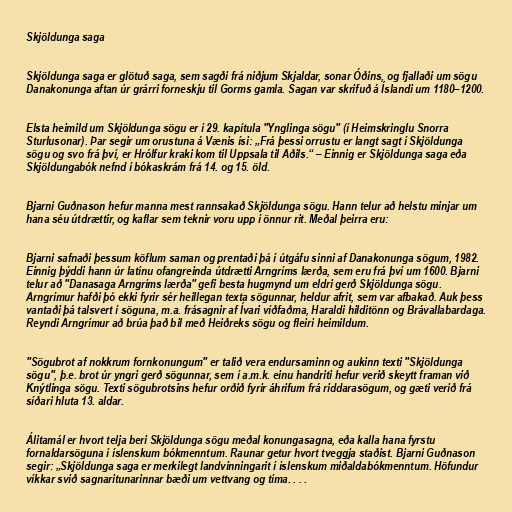
Skjöldunga saga

Skjöldunga saga er glötuð saga, sem sagði frá niðjum Skjaldar, sonar Óðins, og fjallaði um sögu
Danakonunga aftan úr grárri forneskju til Gorms gamla. Sagan var skrifuð á Íslandi um 1180–1200.

Elsta heimild um Skjöldunga sögu er í 29. kapítula "Ynglinga sögu" (í Heimskringlu Snorra
Sturlusonar). Þar segir um orustuna á Vænis ísi: „Frá þessi orrustu er langt sagt í Skjöldunga
sögu og svo frá því, er Hrólfur kraki kom til Uppsala til Aðils.“ – Einnig er Skjöldunga saga eða
Skjöldungabók nefnd í bókaskrám frá 14. og 15. öld.

Bjarni Guðnason hefur manna mest rannsakað Skjöldunga sögu. Hann telur að helstu minjar um
hana séu útdrættir, og kaflar sem teknir voru upp í önnur rit. Meðal þeirra eru:

Bjarni safnaði þessum köflum saman og prentaði þá í útgáfu sinni af Danakonunga sögum, 1982.
Einnig þýddi hann úr latínu ofangreinda útdrætti Arngríms lærða, sem eru frá því um 1600. Bjarni
telur að "Danasaga Arngríms lærða" gefi besta hugmynd um eldri gerð Skjöldunga sögu.
Arngrímur hafði þó ekki fyrir sér heillegan texta sögunnar, heldur afrit, sem var afbakað. Auk þess
vantaði þá talsvert í söguna, m.a. frásagnir af Ívari víðfaðma, Haraldi hilditönn og Brávallabardaga.
Reyndi Arngrímur að brúa það bil með Heiðreks sögu og fleiri heimildum.

"Sögubrot af nokkrum fornkonungum" er talið vera endursaminn og aukinn texti "Skjöldunga
sögu", þ.e. brot úr yngri gerð sögunnar, sem í a.m.k. einu handriti hefur verið skeytt framan við
Knýtlinga sögu. Texti sögubrotsins hefur orðið fyrir áhrifum frá riddarasögum, og gæti verið frá
síðari hluta 13. aldar.

Álitamál er hvort telja beri Skjöldunga sögu meðal konungasagna, eða kalla hana fyrstu
fornaldarsöguna í íslenskum bókmenntum. Raunar getur hvort tveggja staðist. Bjarni Guðnason
segir: „Skjöldunga saga er merkilegt landvinningarit í íslenskum miðaldabókmenntum. Höfundur
víkkar svið sagnaritunarinnar bæði um vettvang og tíma. . . .